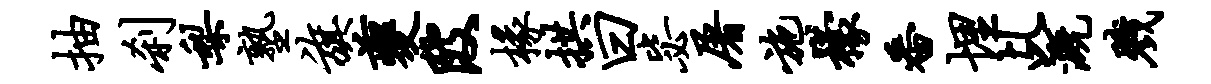
抽刹梨塾旗夔陂椽拱曰毖屠施檬番埋乩溉戮